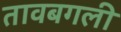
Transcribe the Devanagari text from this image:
तावबगली